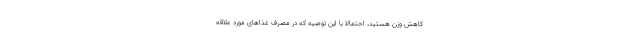
کاهش وزن هستید، احتمالا با این توصیه که در مصرف غذاهای مورد علاقه